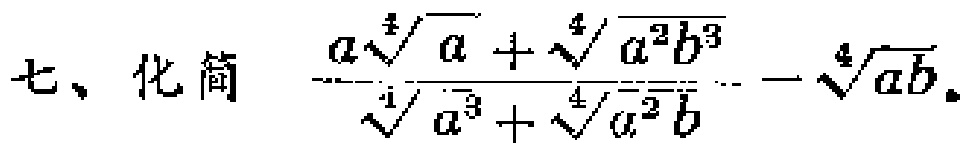
七、化简 $\frac{a\sqrt[4]{a}+\sqrt[4]{a^{2}b^{3}}}{\sqrt[4]{a^{3}}+\sqrt[4]{a^{2}b}}-\sqrt[4]{ab}$。